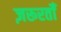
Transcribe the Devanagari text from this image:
ज़रूरतोँ